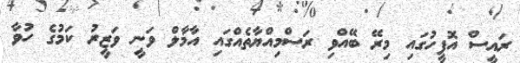
ރައީސް އޮފީހުގައި މިރޭ ބޭއްވި ރަސްމިއްޔާތެއްގައި އާމާލް ވަނީ ވަޒީރު ކަމުގެ ހުވާ